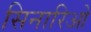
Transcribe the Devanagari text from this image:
सिनारिओ